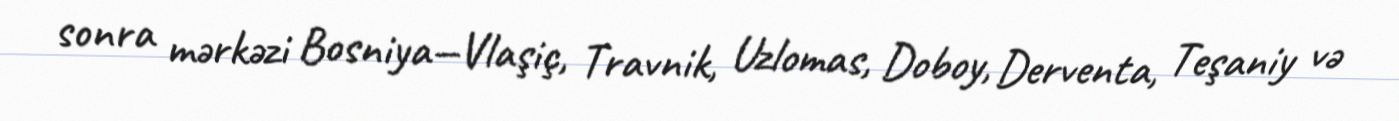
sonra mərkəzi Bosniya—Vlaşiç, Travnik, Uzlomas, Doboy, Derventa, Teşaniy və